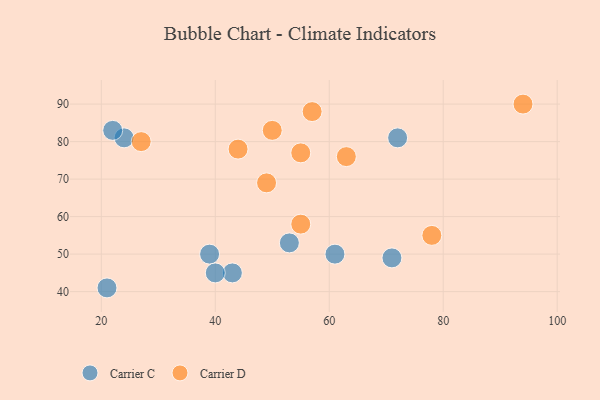
{"axis": {"x": "GDP", "y": "Life Expectancy"}, "legend": ["Carrier C", "Carrier D"], "data": [{"x": "39", "y": 50, "type": "Carrier C"}, {"x": "24", "y": 81, "type": "Carrier C"}, {"x": "71", "y": 49, "type": "Carrier C"}, {"x": "21", "y": 41, "type": "Carrier C"}, {"x": "43", "y": 45, "type": "Carrier C"}, {"x": "40", "y": 45, "type": "Carrier C"}, {"x": "61", "y": 50, "type": "Carrier C"}, {"x": "22", "y": 83, "type": "Carrier C"}, {"x": "53", "y": 53, "type": "Carrier C"}, {"x": "72", "y": 81, "type": "Carrier C"}, {"x": "57", "y": 88, "type": "Carrier D"}, {"x": "44", "y": 78, "type": "Carrier D"}, {"x": "55", "y": 77, "type": "Carrier D"}, {"x": "78", "y": 55, "type": "Carrier D"}, {"x": "63", "y": 76, "type": "Carrier D"}, {"x": "50", "y": 83, "type": "Carrier D"}, {"x": "55", "y": 58, "type": "Carrier D"}, {"x": "94", "y": 90, "type": "Carrier D"}, {"x": "27", "y": 80, "type": "Carrier D"}, {"x": "49", "y": 69, "type": "Carrier D"}]}